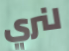
لنري